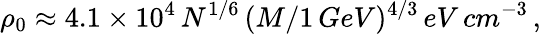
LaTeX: \rho_{0}\approx 4.1\times 10^{4}\, N^{1/6}\, (M/1\, GeV)^{4/3}\, eV\, cm^{-3}\, ,